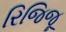
રિજિજૂ